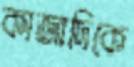
কাজাদিকে